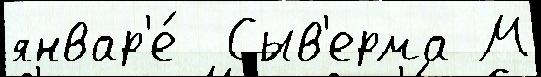
январ'е́  Сыв'ерма М